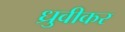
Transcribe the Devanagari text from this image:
ध्रुवीकर